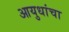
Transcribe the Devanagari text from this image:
आयुधांचा